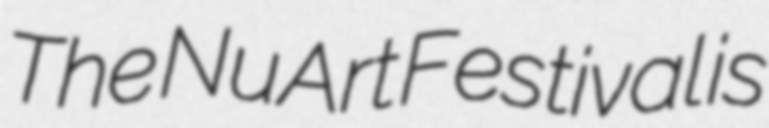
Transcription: The NuArt Festival is